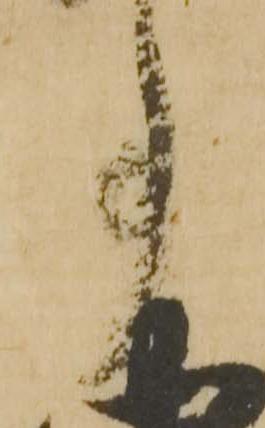
事